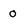
Character: 0